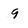
Character: 9